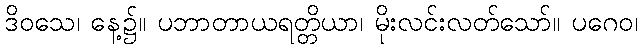
ဒိဝသေ၊ နေ့၌။ ပဘာတာယရတ္တိယာ၊ မိုးလင်းလတ်သော်။ ပဂေဝ၊